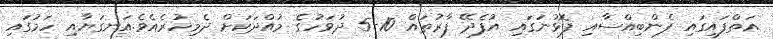
އަތްފައިގައި ފެންބިއްސާއި ފޮޅުނަގައި އުފެދޭ ފާރުތައް 10-5 ދުވަހުގެ މުއްދަކަށް ދެމިހުރެއެވެ.އަނގަޔާއި ހަމުގައި